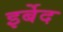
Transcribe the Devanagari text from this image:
इर्बेद